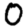
Digit: 0